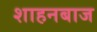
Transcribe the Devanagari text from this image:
शाहनबाज